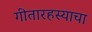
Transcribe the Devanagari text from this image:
गीतारहस्याचा